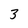
Character: 3